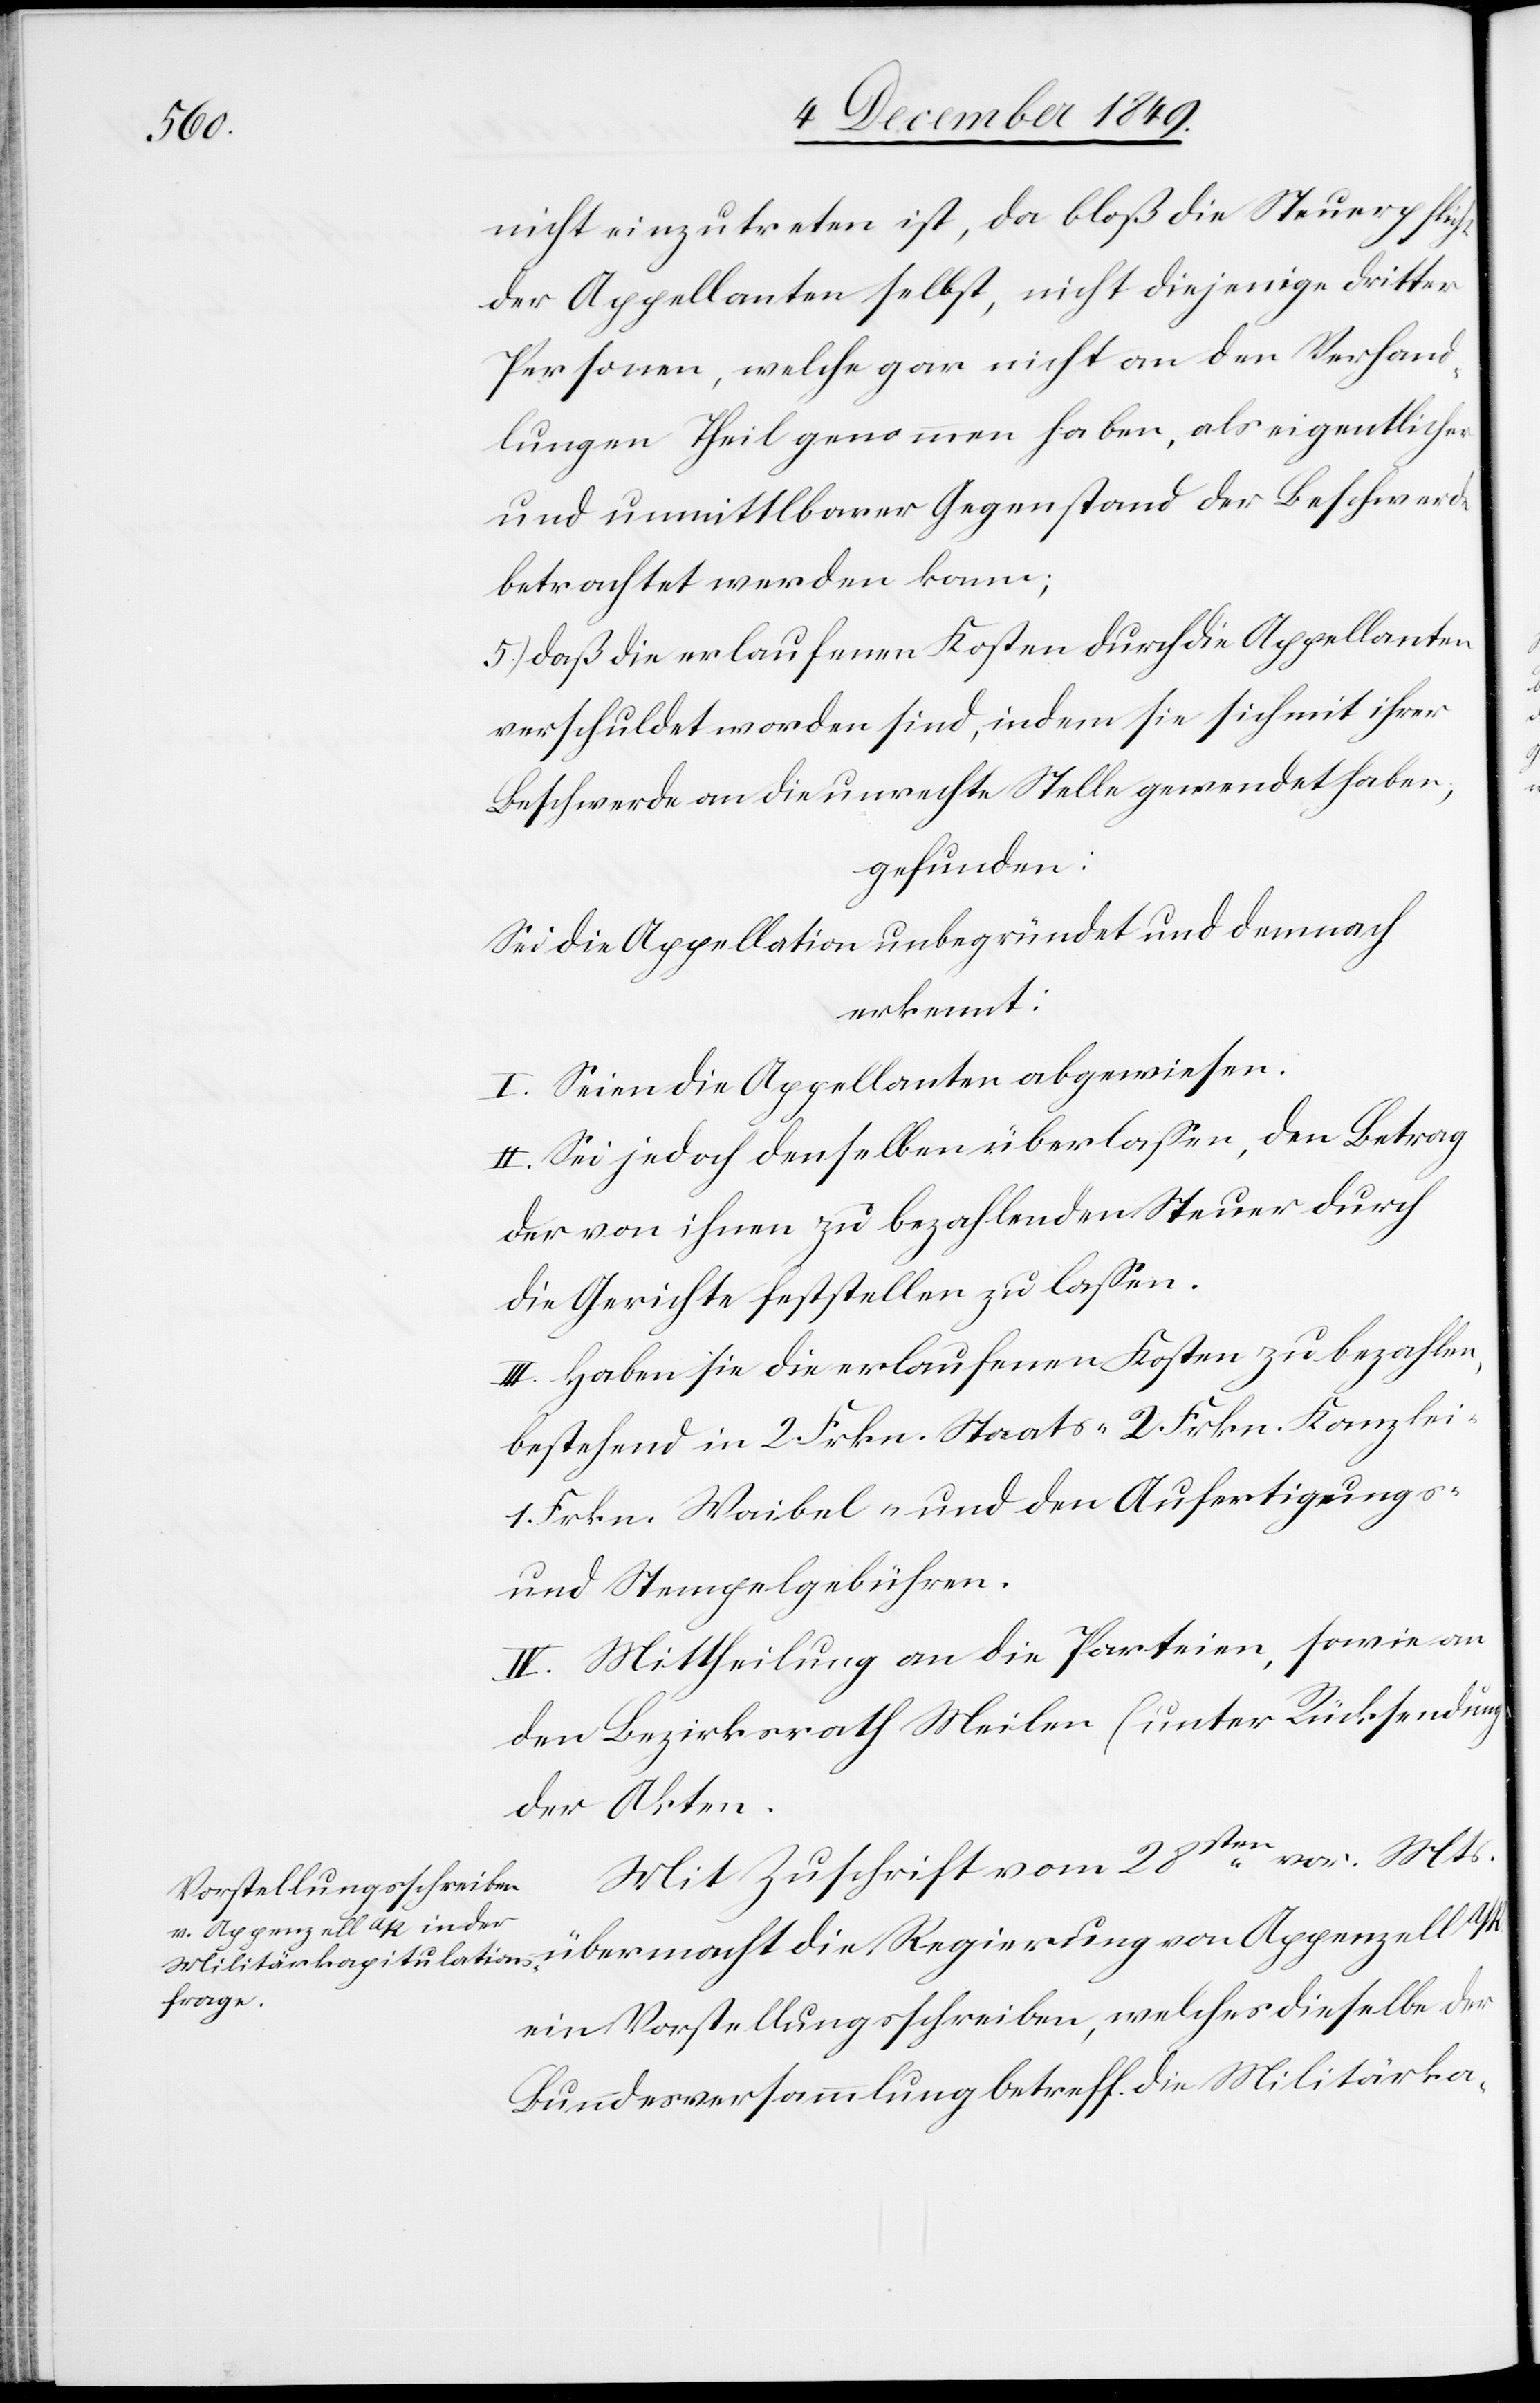
von

nicht einzutreten ist, da bloß die Steuerpflicht
der Appellanten selbst, nicht diejenige dritter
Personen, welche gar nicht an den Verhand¬
lungen Theil genommen haben, als eigentlicher
und unmittelbarer Gegenstand der Beschwerde
betrachtet werden kann;
5.) daß die erlaufenen Kosten durch die Appellanten
verschuldet worden sind, indem sie sich mit ihrer
Beschwerde an die unrechte Stelle gewendet haben,
gefunden:
Sei die Appellation unbegründet und demnach
erkennt:
I. Seien die Appellanten abgewiesen:
II. Sei jedoch denselben überlaßen, den Betrag
der von ihnen zu bezahlenden Steuer durch
die Gerichte feststellen zu laßen.
III. Haben sie die erlaufenen Kosten zu bezahlen,
bestehend in 2 Frkn. Staats- 2 Frkn. Kanzlei-
1 Frkn. Waibel- und den Ausfertigungs-
u. Stempelgebühren.
IV. Mittheilung an die Parteien, sowie a¬
n Bezirksrath Meilen (unter Rücksendung
der Akte¬
Mit Zuschrift vom 28sten v. Mts.
ein Vorstellungsschreiben, welches dieselbe der
Bundesversammlung betreff. die Militärka-